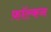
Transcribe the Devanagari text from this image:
फ़ॉल्कन